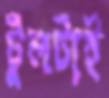
টুলটাই